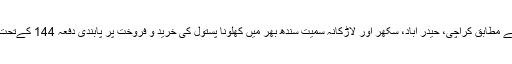
اس نوٹیفکیشن کے مطابق کراچی، حیدر آباد، سکھر اور لاڑکانہ سمیت سندھ بھر میں کھلونا پستول کی خرید و فروخت پر پابندی دفعہ 144 کےتحت لگائی گئی ہے۔